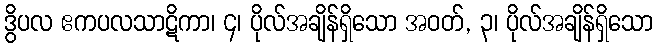
ဒွိပလ ဧကပလသာဋိကာ၊ ၄၊ ပိုလ်အချိန်ရှိသော အဝတ်, ၃၊ ပိုလ်အချိန်ရှိသော